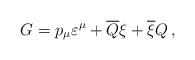
LaTeX: \begin{align*}G=p_{\mu}\varepsilon^{\mu}+\overline{Q}\xi+\overline{\xi}Q\,,\end{align*}